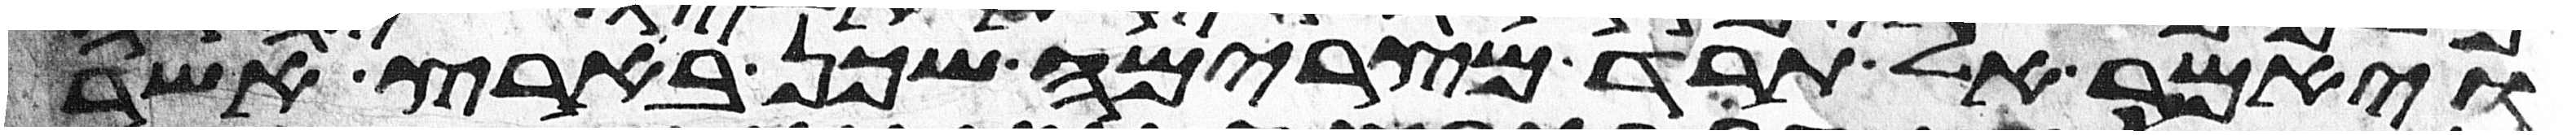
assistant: ויאמר אל תרד מצרימה שכן בארץ אשר